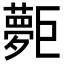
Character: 𡗐